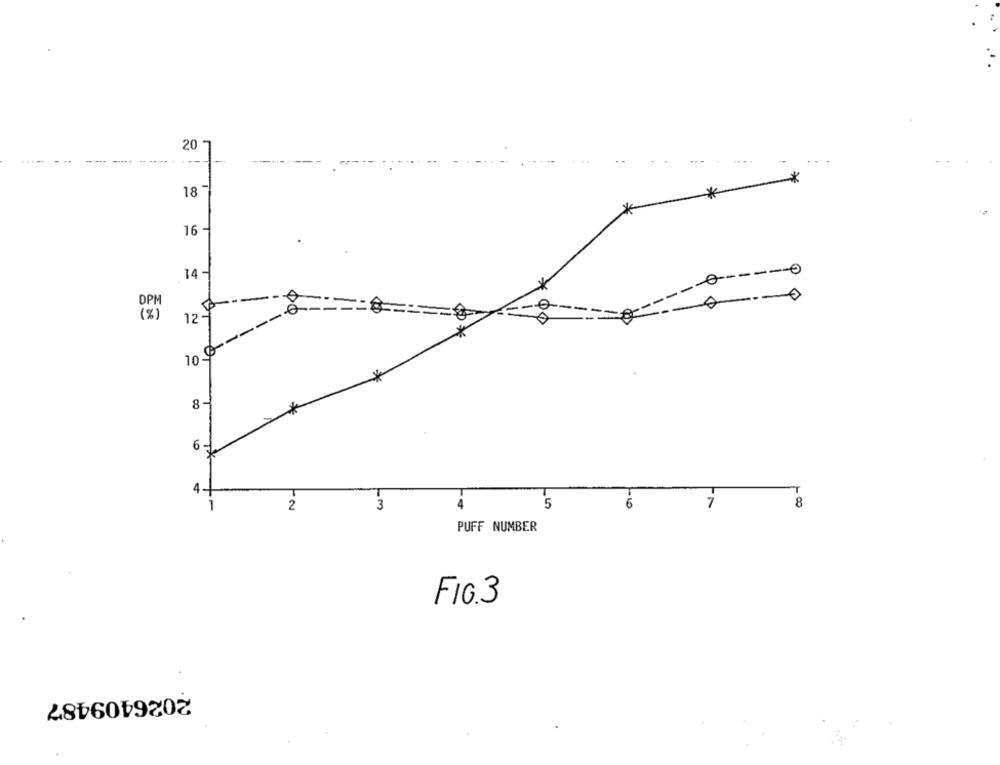
20 -
18
*
16
-0
14-
DPM
12-
-
10.
8-
6
3
4
5
6
7
8
2
PUFF NUMBER
FIG.3
2026409487